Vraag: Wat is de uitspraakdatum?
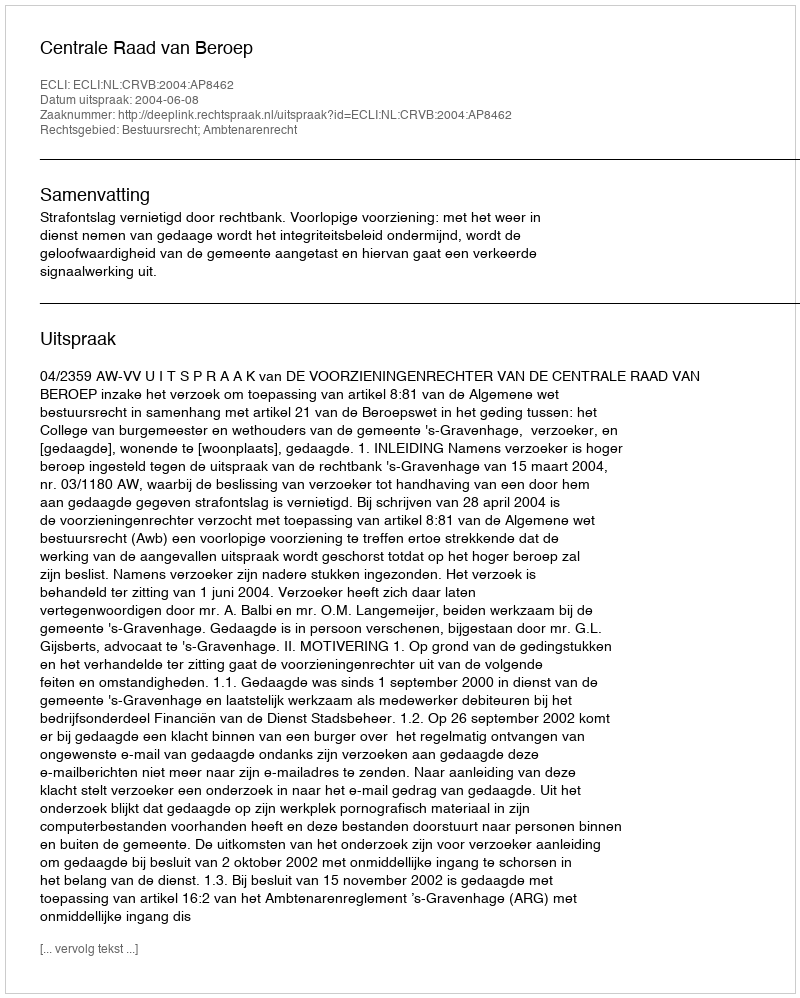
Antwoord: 2004-06-08